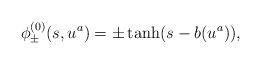
\begin{align*}\phi^{(0)}_{\pm}(s, u^a) = \pm \tanh( s - b(u^a) ),\end{align*}